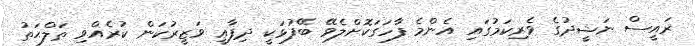
ރައީސް ނަޝީދުގެ ވެރިކަމުގައި އެންމެ ފާހަގަކޮށްލެވޭ ބޭފުޅަކީ ދިފާޢީ ވަޒީރުކަން ކުރެއްވި ޠަލްޙަތު